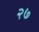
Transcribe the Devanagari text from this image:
२७